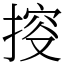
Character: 𢯱